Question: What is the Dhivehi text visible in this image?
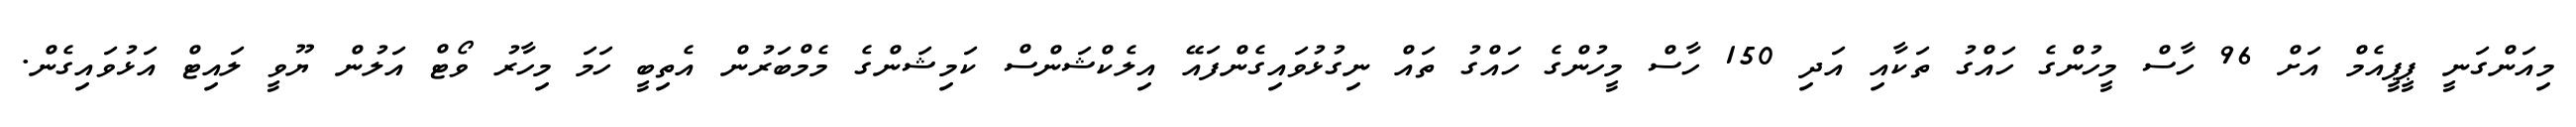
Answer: މިއަންގަނީ ޕީޕީއެމް އަށް 96 ހާސް މީހުންގެ ހައްގު ތަކާއި އަދި 150 ހާސް މީހުންގެ ހައްގު ތައް ނިގުޅުވައިގެންފައޭ އިލެކްޝަންސް ކަމިޝަންގެ މެމްބަރުން އެތިބީ ހަމަ މިހާރު ވޯޓް އަލުން ޔޫވީ ލައިޓް އަޅުވައިގެން.